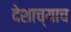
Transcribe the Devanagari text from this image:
देशाच्याच